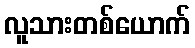
လူသားတစ်ယောက်